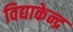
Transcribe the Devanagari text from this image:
विद्याकेन्द्र